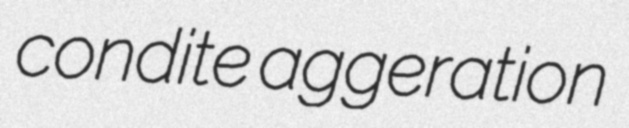
condite aggeration